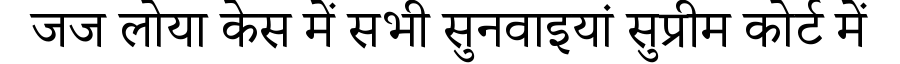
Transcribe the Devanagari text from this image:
जज लोया केस में सभी सुनवाइयां सुप्रीम कोर्ट में